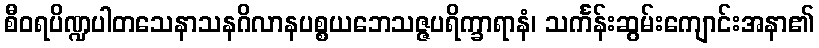
စီဝရပိဏ္ဍပါတသေနာသနဂိလာနပစ္စယဘေသဇ္ဇပရိက္ခာရာနံ၊ သင်္ကန်းဆွမ်းကျောင်းအနာ၏